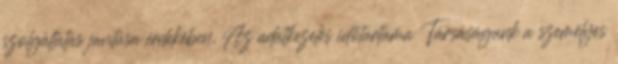
szolgáltatás javítása érdekében. Az adatkezelés időtartama Társaságunk a személyes